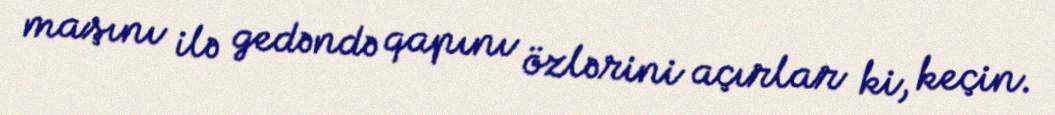
maşını ilə gedəndə qapını özlərini açırlar ki, keçin.